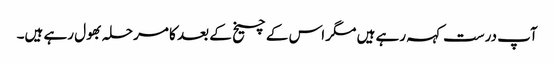
آپ درست کہہ رہے ہیں مگر اس کے چیخ کے بعد کا مرحلہ بھول رہے ہیں۔